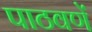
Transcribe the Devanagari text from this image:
पाठवणें